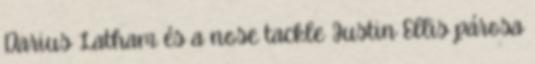
Darius Latham és a nose tackle Justin Ellis párosa